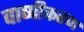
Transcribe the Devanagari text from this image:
वाष्‍पीकरण